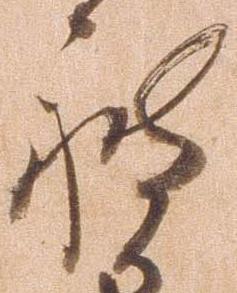
被